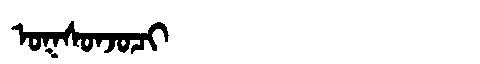
Manchu: ᠣᡴᠰᠣᠨᠵᠣᠴᡳ
Romanization: OKSONJOCI